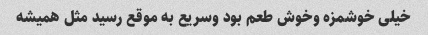
خیلی خوشمزه وخوش طعم بود وسریع به موقع رسید مثل همیشه